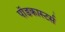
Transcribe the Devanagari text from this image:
पॉडकास्टर्स